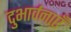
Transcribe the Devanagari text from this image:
दुभार्वनाएँ